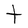
Character: t